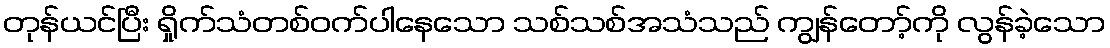
တုန်ယင်ပြီး ရှိုက်သံတစ်ဝက်ပါနေသော သစ်သစ်အသံသည် ကျွန်တော့်ကို လွန်ခဲ့သော